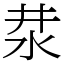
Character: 汬